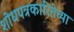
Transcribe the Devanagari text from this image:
शोधपत्रकारितेच्या